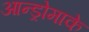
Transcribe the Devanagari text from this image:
आन्ड्रोमाके